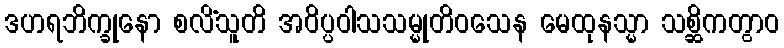
ဒဟရဘိက္ခုနော စလိံသူတိ အဝိပ္ပဝါသသမ္မုတိဝသေန မေထုနသ္မာ သစ္ဆိကတွာဝ